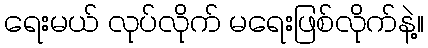
ရေးမယ် လုပ်လိုက် မရေးဖြစ်လိုက်နဲ့။